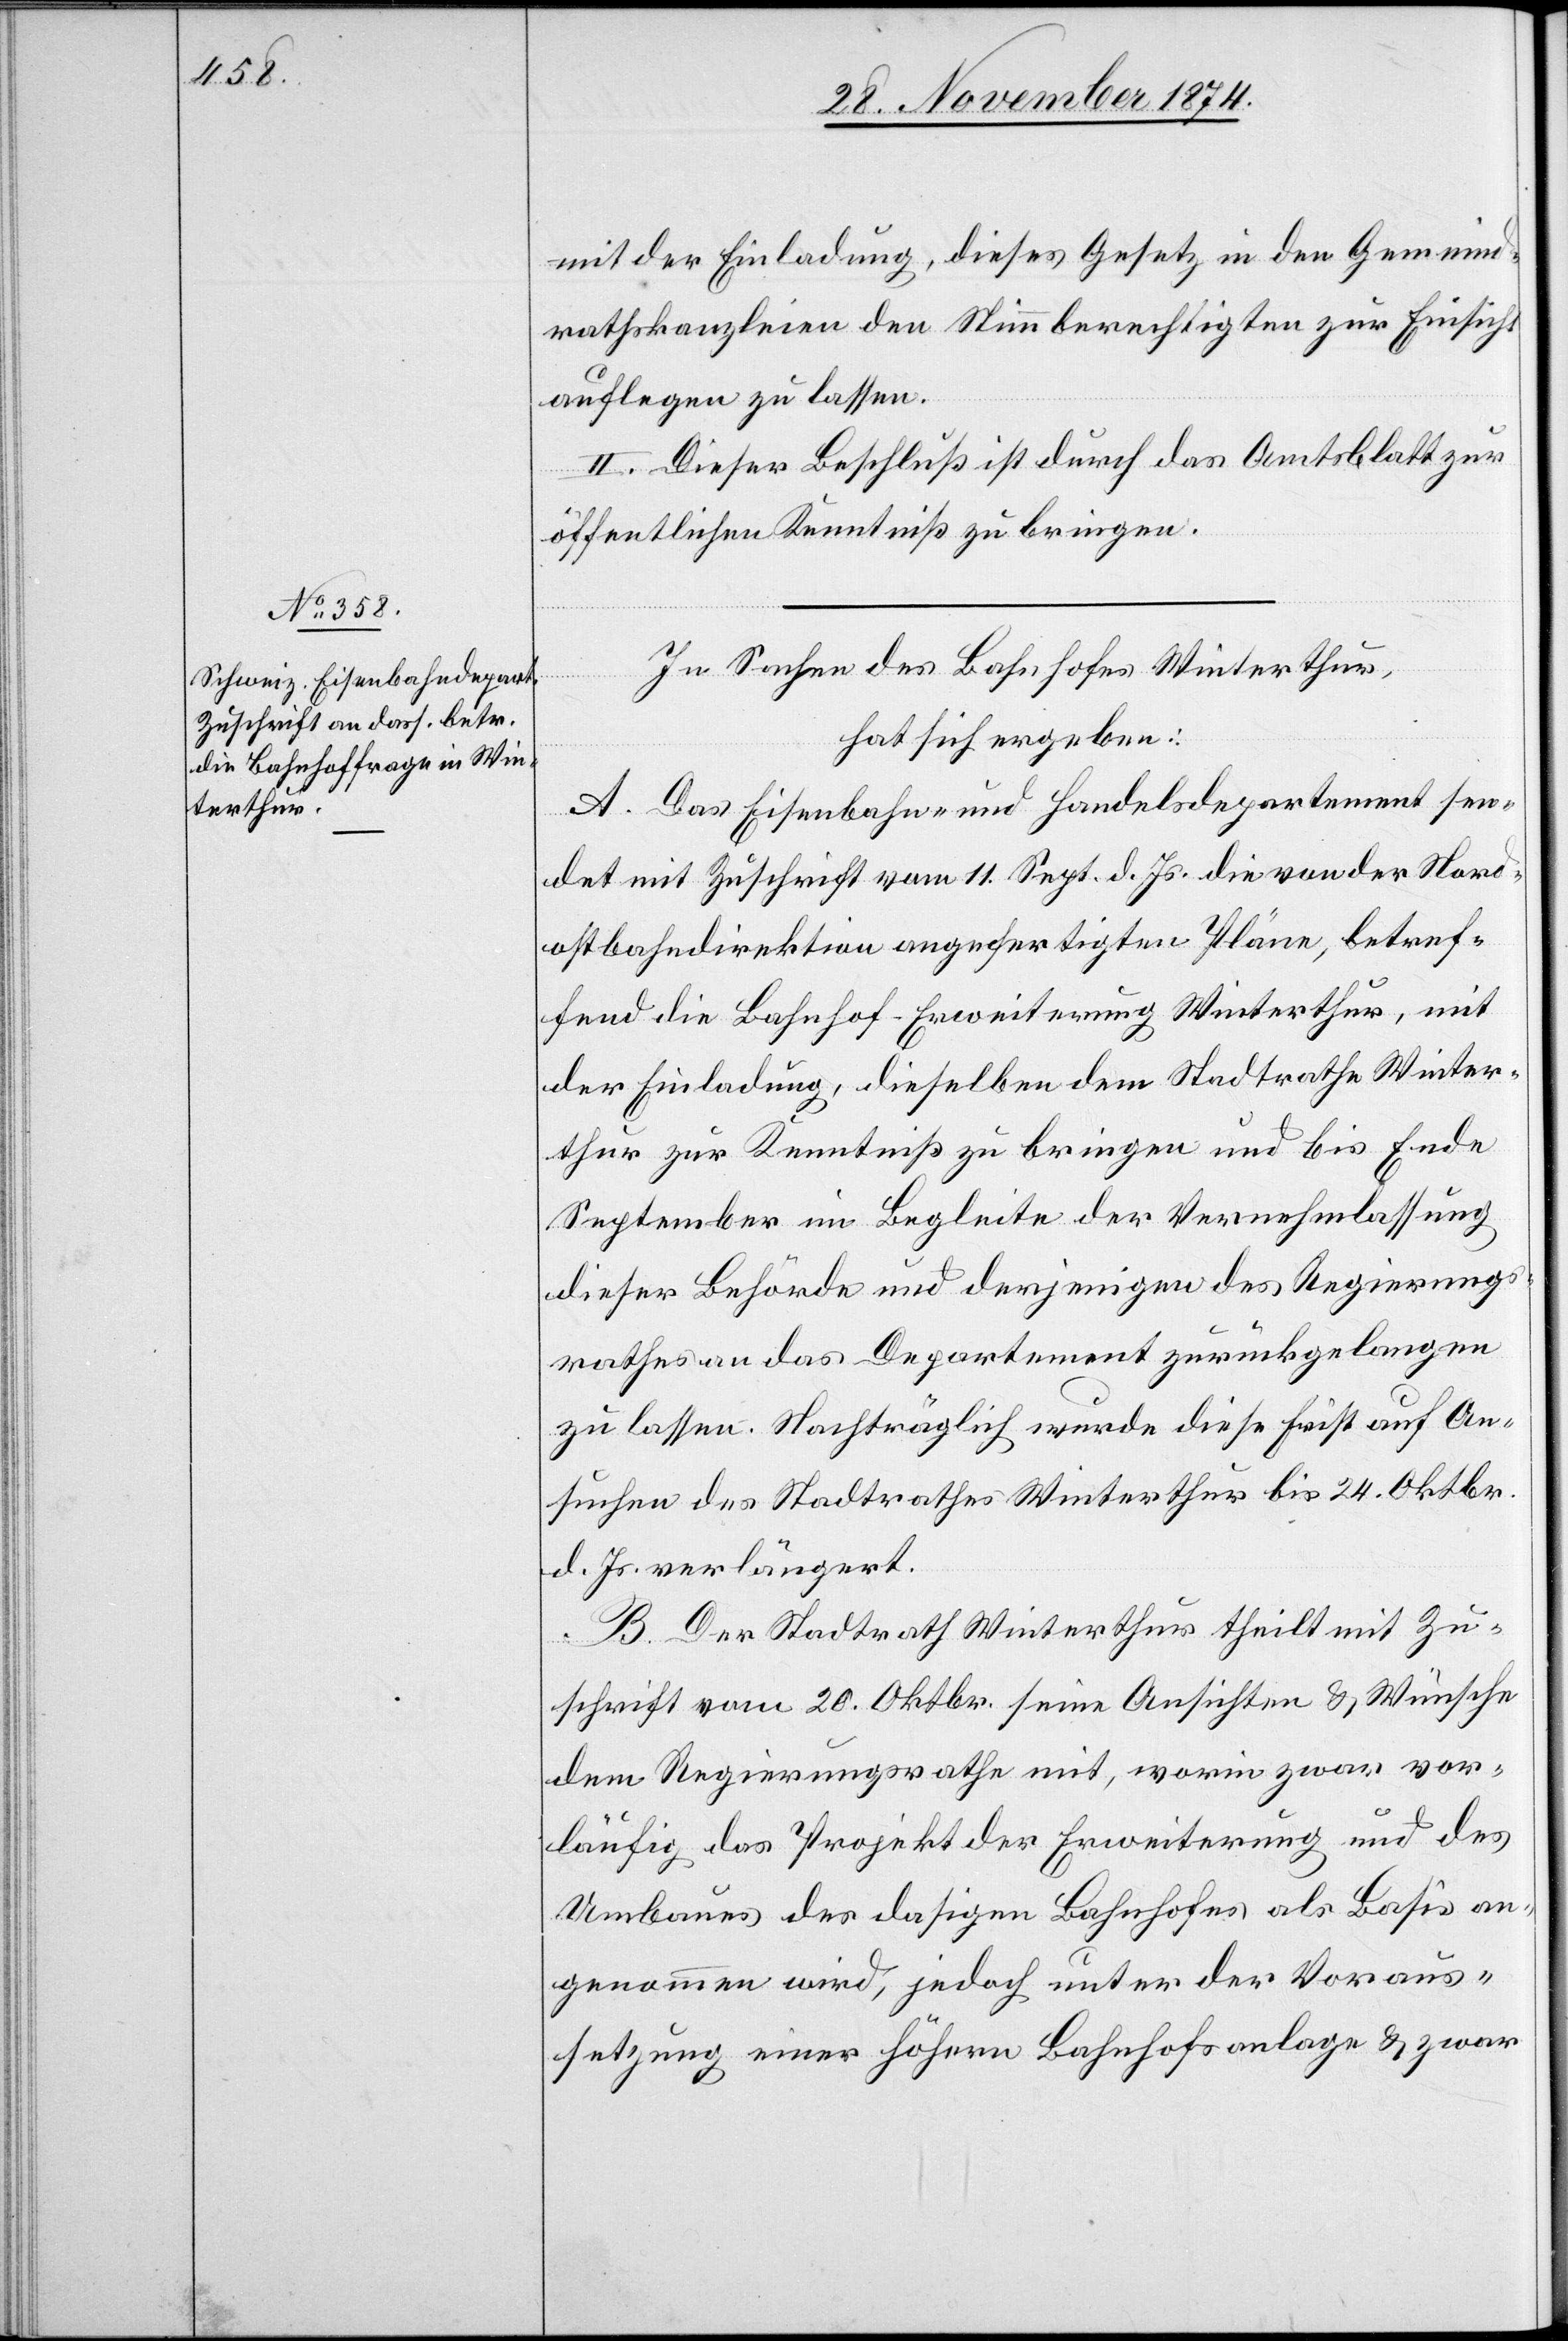
mit der Einladung, dieses Gesetz in den Gemeind¬
rathskanzleien den Stimmberechtigten zur Einsicht
auflegen zu lassen.
II. Dieser Beschluß ist durch das Amtsblatt zur
öffentlichen Kenntniß zu bringen.
In Sachen des Bahnhofes Winterthur,
hat sich ergeben:
A. Das Eisenbahn- und Handelsdepartement sen¬
det mit Zuschrift vom 11. Sept. d. Js. die von der Nord¬
ostbahndirektion angefertigten Pläne, betref¬
fend die Bahnhof-Erweiterung Winterthur, mit
der Einladung, dieselben dem Stadtrathe Winter¬
thur zur Kenntniß zu bringen und bis Ende
September im Begleite der Vernehmlassung
dieser Behörde und derjenigen des Regierungs¬
rathes an das Department zurückgelangen
zu lassen. Nachträglich wurde diese Frist auf An¬
suchen des Stadtrathes Winterthur bis 24. Oktbr.
d. Js. verlängert.
B. Der Stadtrath Winterthur theilt mit Zu¬
schrift vom 20. Oktbr. seine Ansichten & Wünsche
dem Regierungsrathe mit, worin zwar vor¬
läufig das Projekt der Erweiterung und des
Umbaues des dasigen Bahnhofes als Basis an¬
genommen wird, jedoch unter der Voraus¬
setzung einer höhern Bahnhofsanlage & zwar